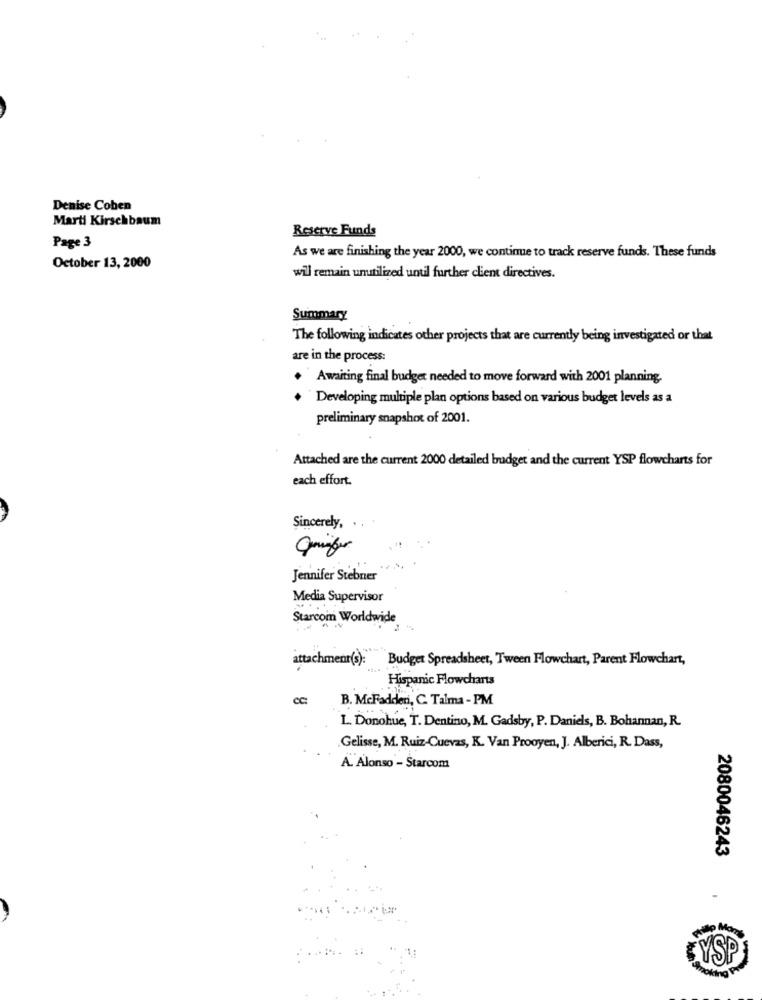
Denise Coben
Marti Kirschbaum
Reserve Funds
Page 3
As we are finishing the year 2000, we continue to track reserve funds. These funds
October 13, 2000
will remain unutilized until further client directives.
Summary
The following indicates other projects that are currently being investigated or that
are in the process:
Awaiting final budget needed to move forward with 2001 planning.
Developing multiple plan options based on various budget levels as a
preliminary snapshot of 2001.
Attached are the current 2000 detailed budget and the current YSP flowcharts for
each effort.
Sincerely,
Jennifer Stebner
Media Supervisor
Starcom Worldwide
attachment(s): Budget Spreadsheet, Tween Flowchart, Parent Flowchart,
Hispanic Flowcharts
cc:
B. McFadderi, C. Talma - PM
L. Donohue, T. Dentino, M. Gadsby, P. Daniels, B. Bohannan, R.
Gelisse, M. Ruiz-Cuevas, K. Van Prooyen, J. Alberici, R. Dass,
A. Alonso - Starcom
2080046243
quito Mons
CYSP
Poking